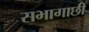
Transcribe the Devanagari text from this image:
सभागाछी